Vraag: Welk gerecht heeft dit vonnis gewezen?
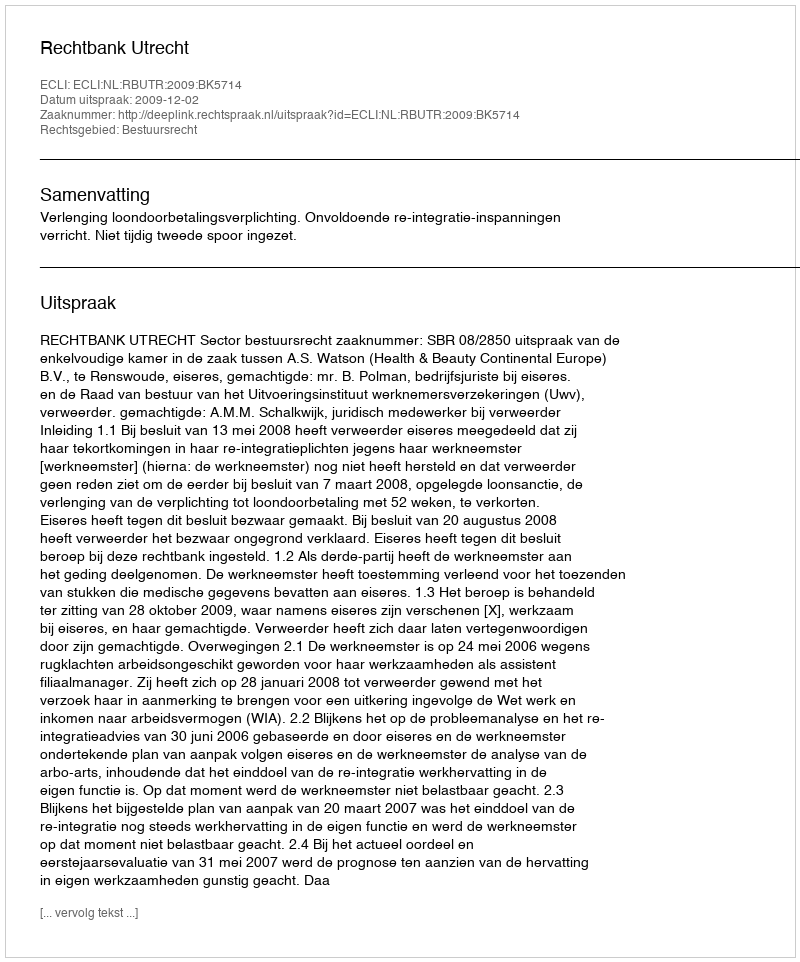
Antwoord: Rechtbank Utrecht